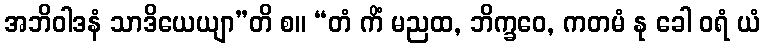
အဘိဝါဒနံ သာဒိယေယျာ”တိ စ။ “တံ ကိံ မညထ, ဘိက္ခဝေ, ကတမံ နု ခေါ ဝရံ ယံ